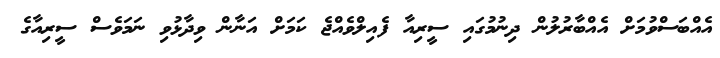
އެއްބަސްވުމަށް އެއްބާރުލުން ދިނުމުގައި ސީރިއާ ފެއިލްވެއްޖެ ކަމަށް އަނާން ވިދާޅުވި ނަމަވެސް ސީރިއާގެ